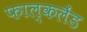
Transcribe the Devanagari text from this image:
फाल्कलैंड